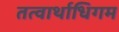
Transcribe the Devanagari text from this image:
तत्वार्थाधिगम